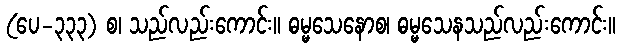
(ပေ-၃၃၃) စ၊ သည်လည်းကောင်း။ ဓမ္မသေနောစ၊ ဓမ္မသေနသည်လည်းကောင်း။